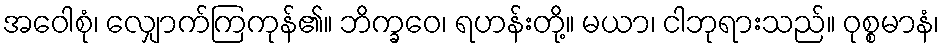
အဝေါစုံ၊ လျှောက်ကြကုန်၏။ ဘိက္ခဝေ၊ ရဟန်းတို့။ မယာ၊ ငါဘုရားသည်။ ဝုစ္စမာနံ၊